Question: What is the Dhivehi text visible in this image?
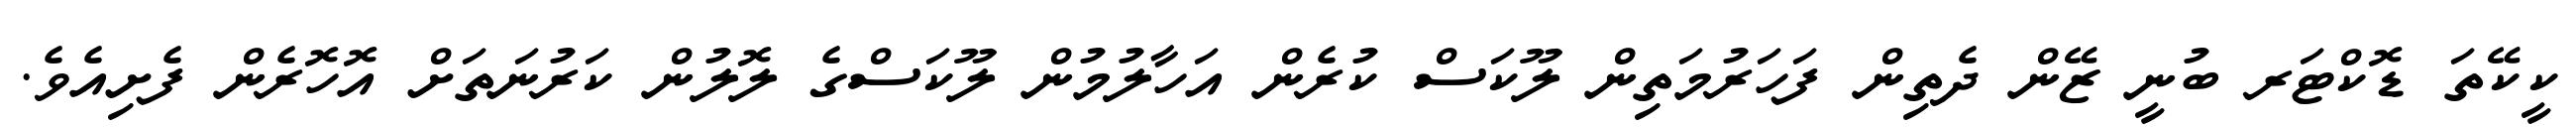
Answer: ކީކޭތަ ޑޮކްޓަރ ބުނީ ޒޭން ދެތިން ފަހަރުމަތިން ލޫކަސް ކުރެން އަހާލުމުން ލޫކަސްގެ ލޮލުން ކަރުނަތަށް އޮހޮރެން ފެށިއެވެ.